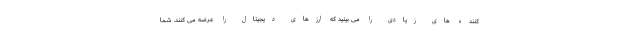
کننده های زیادی را می بینید که ارزهای دیجیتال را عرضه می کنند. شما